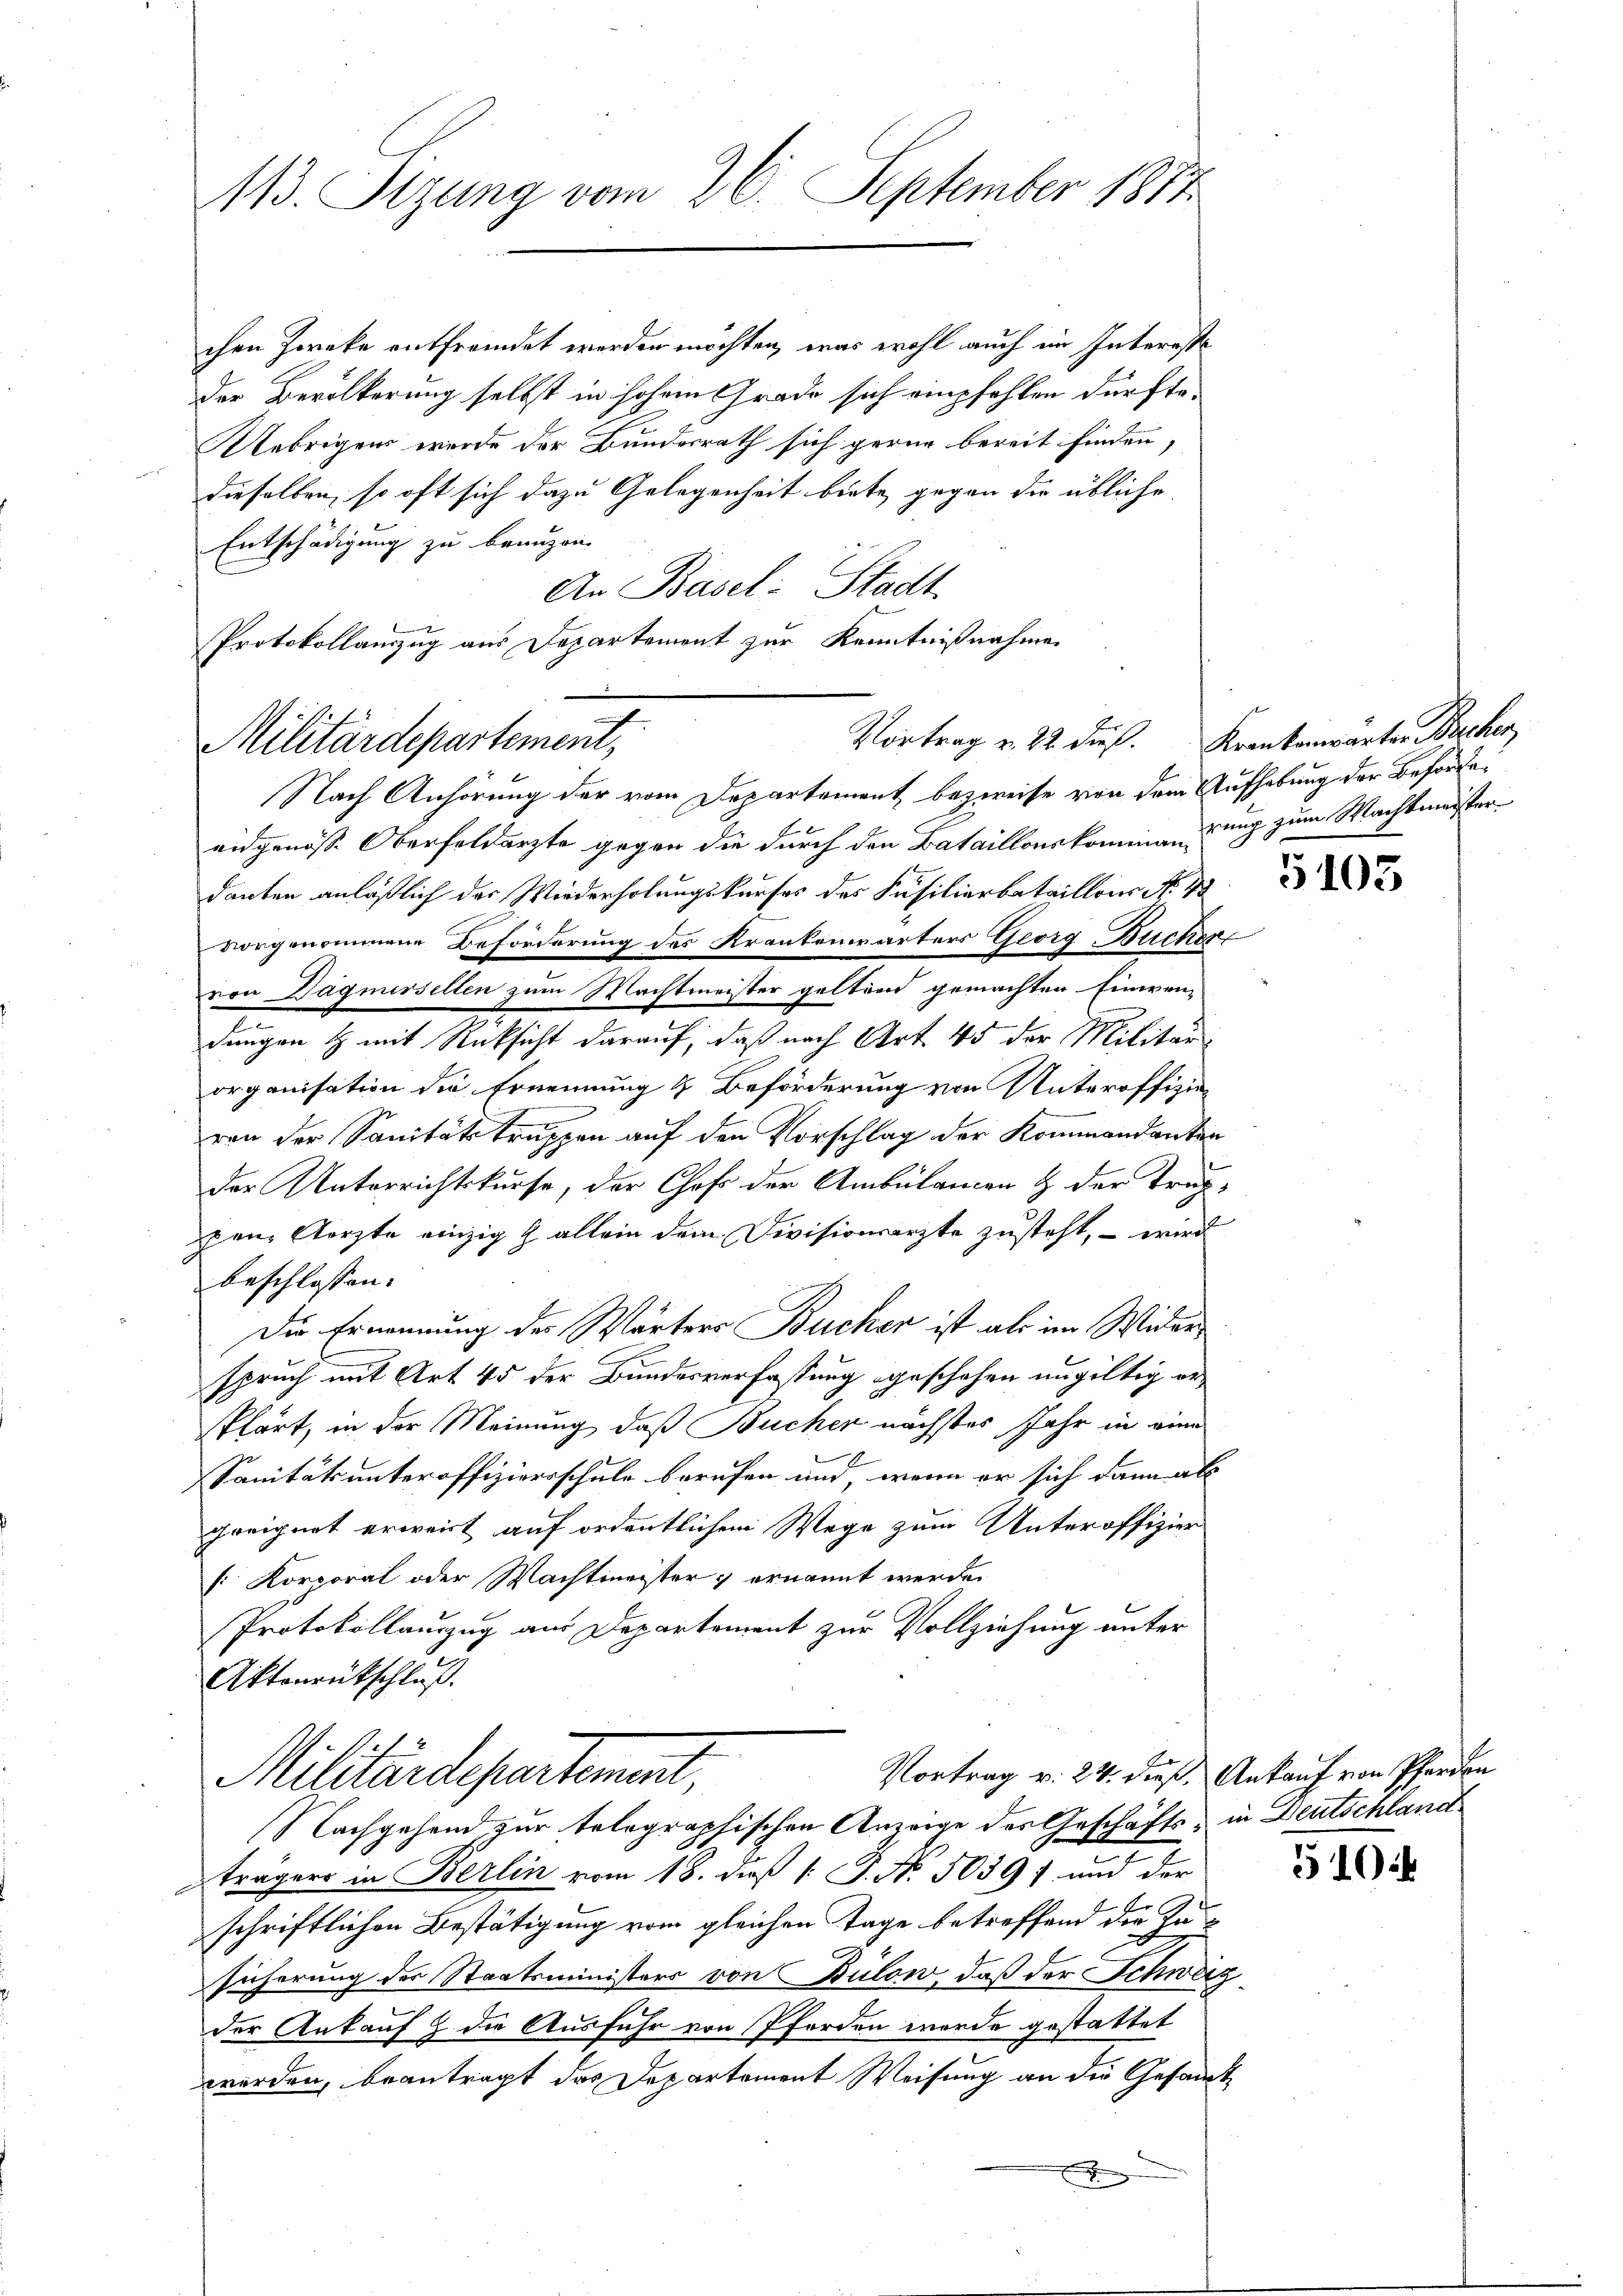
113. Setzung vom 26. September 1877

chen Zwecke entfremdet werden möchten, was wohl auch im Intereste
der Bevölkerung selbst in hohem Grade sich empfehlen dürfte¬
Uebrigens wurde der Bundesrath sich gerne bereit finden,
dieselben, so oft sich dazu Gelegenheit biete, gegen die übliche
Entschädigung zu benuzen.
An Basel-Stadt
Protokollanzug aus Departement zur Kenntnißnahme

Militärdepartement,

Nach Anhörung der vom Departement bezweife von dem Aufhebung der Befördeeidgenösse Oberfeldarzte gegen die durch den Bataillonskommen und zum Machtmeisterdanken anläßlich der Wiederholungskurses des Füsilierbataillons No. 43
vorgenommene Beförderung des Krankenwärters Georg Bücher
von Dägmersellen zum Machtmeister geltend gemachten Einwen-
2
dungen & mit Rücksicht darauf, daß nach Art. 45 der Militär-
organisation die Ernennung 4 Beförderung von Unteroffizievon der Sanitätstrappen auf den Vorschlag der Kommandanten
der Unterrichtskurse, der Chefs der Ambulamen & der Träg-
zen Aerzte einzig & allein dem Divisionsarzte zusteht, – wird
beschlossen:
Die Ernennung der Wärters Bucher ist als im Widerspruch mit Art 45 der Bundesverfassung geschehen ungültig er¬
Pfärt, in der Meinung, daß Bücher nächstes Jahr in eine
Sanitäts unteroffiziersschule berufen und, wenn er sich dann als
geeignet erweist auf ordentlichem Wege zum Unteroffizier
 Korporal oder Machtmeister ernannt werde.
Protokollauszug aus Departement zur Vollziehung unter
Aktonrütschluß.
1
Vortrag v. 24. dieß. Ankauf von Pferden
Militärdepartement,
Nachgehend zur telegraphischen Anzeige des Geschäfts, in Deutschland
trägers in Berlin vom 18. dieß (: P. No. 50397 und der
schriftlichen Bestätigung vom gleichen Tage betreffend die In-
sicherung der Staatsministers von Bülow, daß der Schweiz
der Ankauf die Ausfuhr von Pferden werde gestattet
worden, beantragt das Departement Weisung an die Gesamt
E

Vortrag v. 22 dieß. Krankenwarten Brechen

5103

510